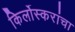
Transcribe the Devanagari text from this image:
किर्लोस्करांचा